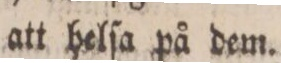
att helſa på dem.